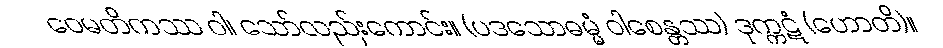
ဝေမတိကဿ ဝါ၊ သော်လည်းကောင်း။ (ပဒသောဓမ္မံ ဝါစေန္တဿ) ဒုက္ကဋံ (ဟောတိ)။